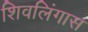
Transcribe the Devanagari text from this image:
शिवलिंगास